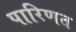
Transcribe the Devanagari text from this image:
पारिणत